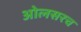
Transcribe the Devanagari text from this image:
ओलसरच